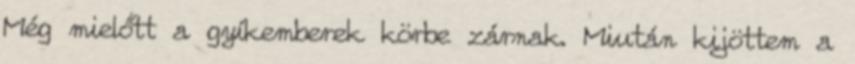
Még mielőtt a gyíkemberek körbe zárnak. Miután kijöttem a